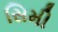
સિમી